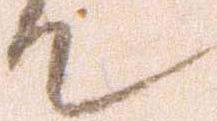
て